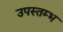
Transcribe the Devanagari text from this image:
उपस्तम्भ